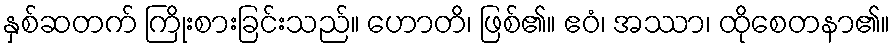
နှစ်ဆတက် ကြိုးစားခြင်းသည်။ ဟောတိ၊ ဖြစ်၏။ ဧဝံ၊ အဿာ၊ ထိုစေတနာ၏။